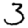
Digit: 3